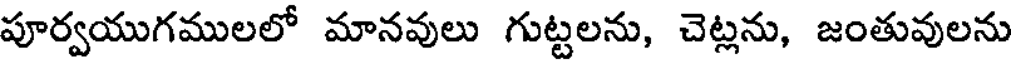
పూర్వయుగములలో మానవులు గుట్టలను, చెట్లను, జంతువులను